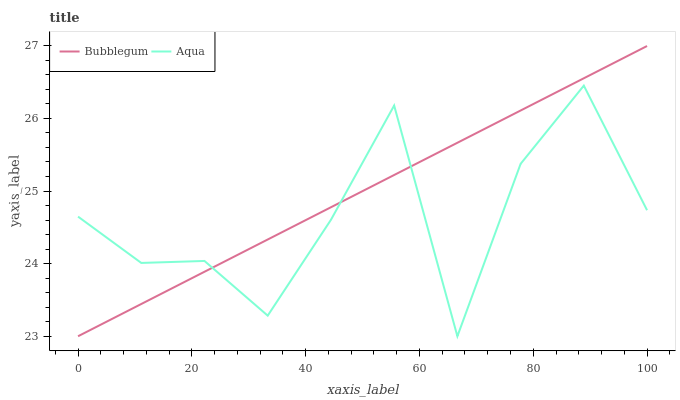
| xaxis_label | Bubblegum | Aqua |
 | --- | --- | --- |
 | 0 | 23 | 24.6 |
 | 11.1 | 23.4 | 24 |
 | 22.2 | 23.9 | 24 |
 | 33.3 | 24.3 | 23.3 |
 | 44.4 | 24.8 | 24.6 |
 | 55.6 | 25.2 | 26.2 |
 | 66.7 | 25.7 | 23 |
 | 77.8 | 26.1 | 25.4 |
 | 88.9 | 26.6 | 26.5 |
 | 100 | 27 | 24.7 |